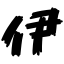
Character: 伊